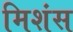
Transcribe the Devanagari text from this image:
मिशंस